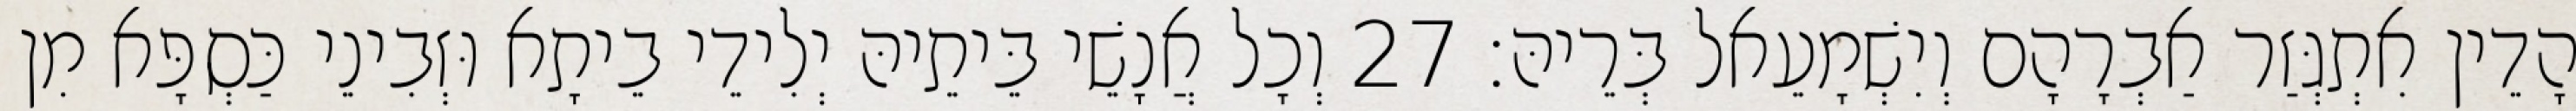
הָדֵין אִתְגְּזַר אַבְרָהָם וְיִשְׁמָעֵאל בְּרֵיהּ׃ 27 וְכָל אֲנָשֵׁי בֵּיתֵיהּ יְלִידֵי בֵיתָא וּזְבִינֵי כַּסְפָּא מִן